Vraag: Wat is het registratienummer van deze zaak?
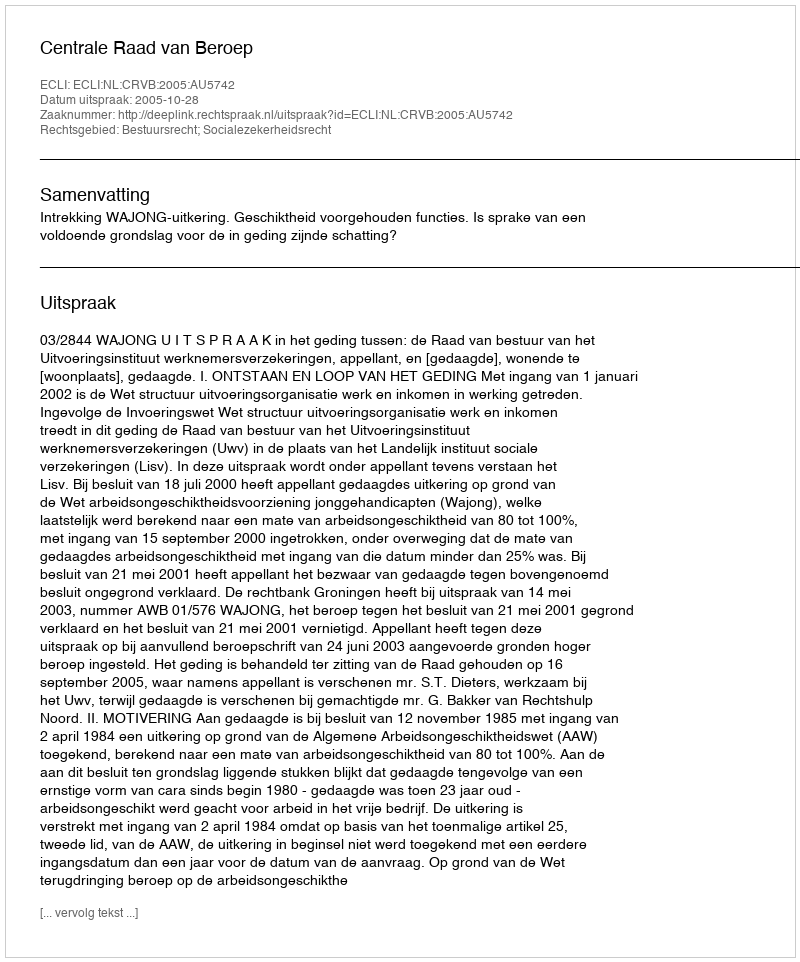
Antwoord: http://deeplink.rechtspraak.nl/uitspraak?id=ECLI:NL:CRVB:2005:AU5742